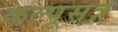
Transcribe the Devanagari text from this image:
कल्पूसत्र